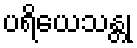
ပရိယေသန္တု